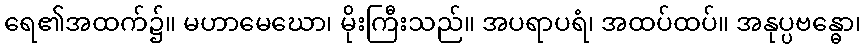
ရေ၏အထက်၌။ မဟာမေဃော၊ မိုးကြီးသည်။ အပရာပရံ၊ အထပ်ထပ်။ အနုပ္ပဗန္ဓော၊